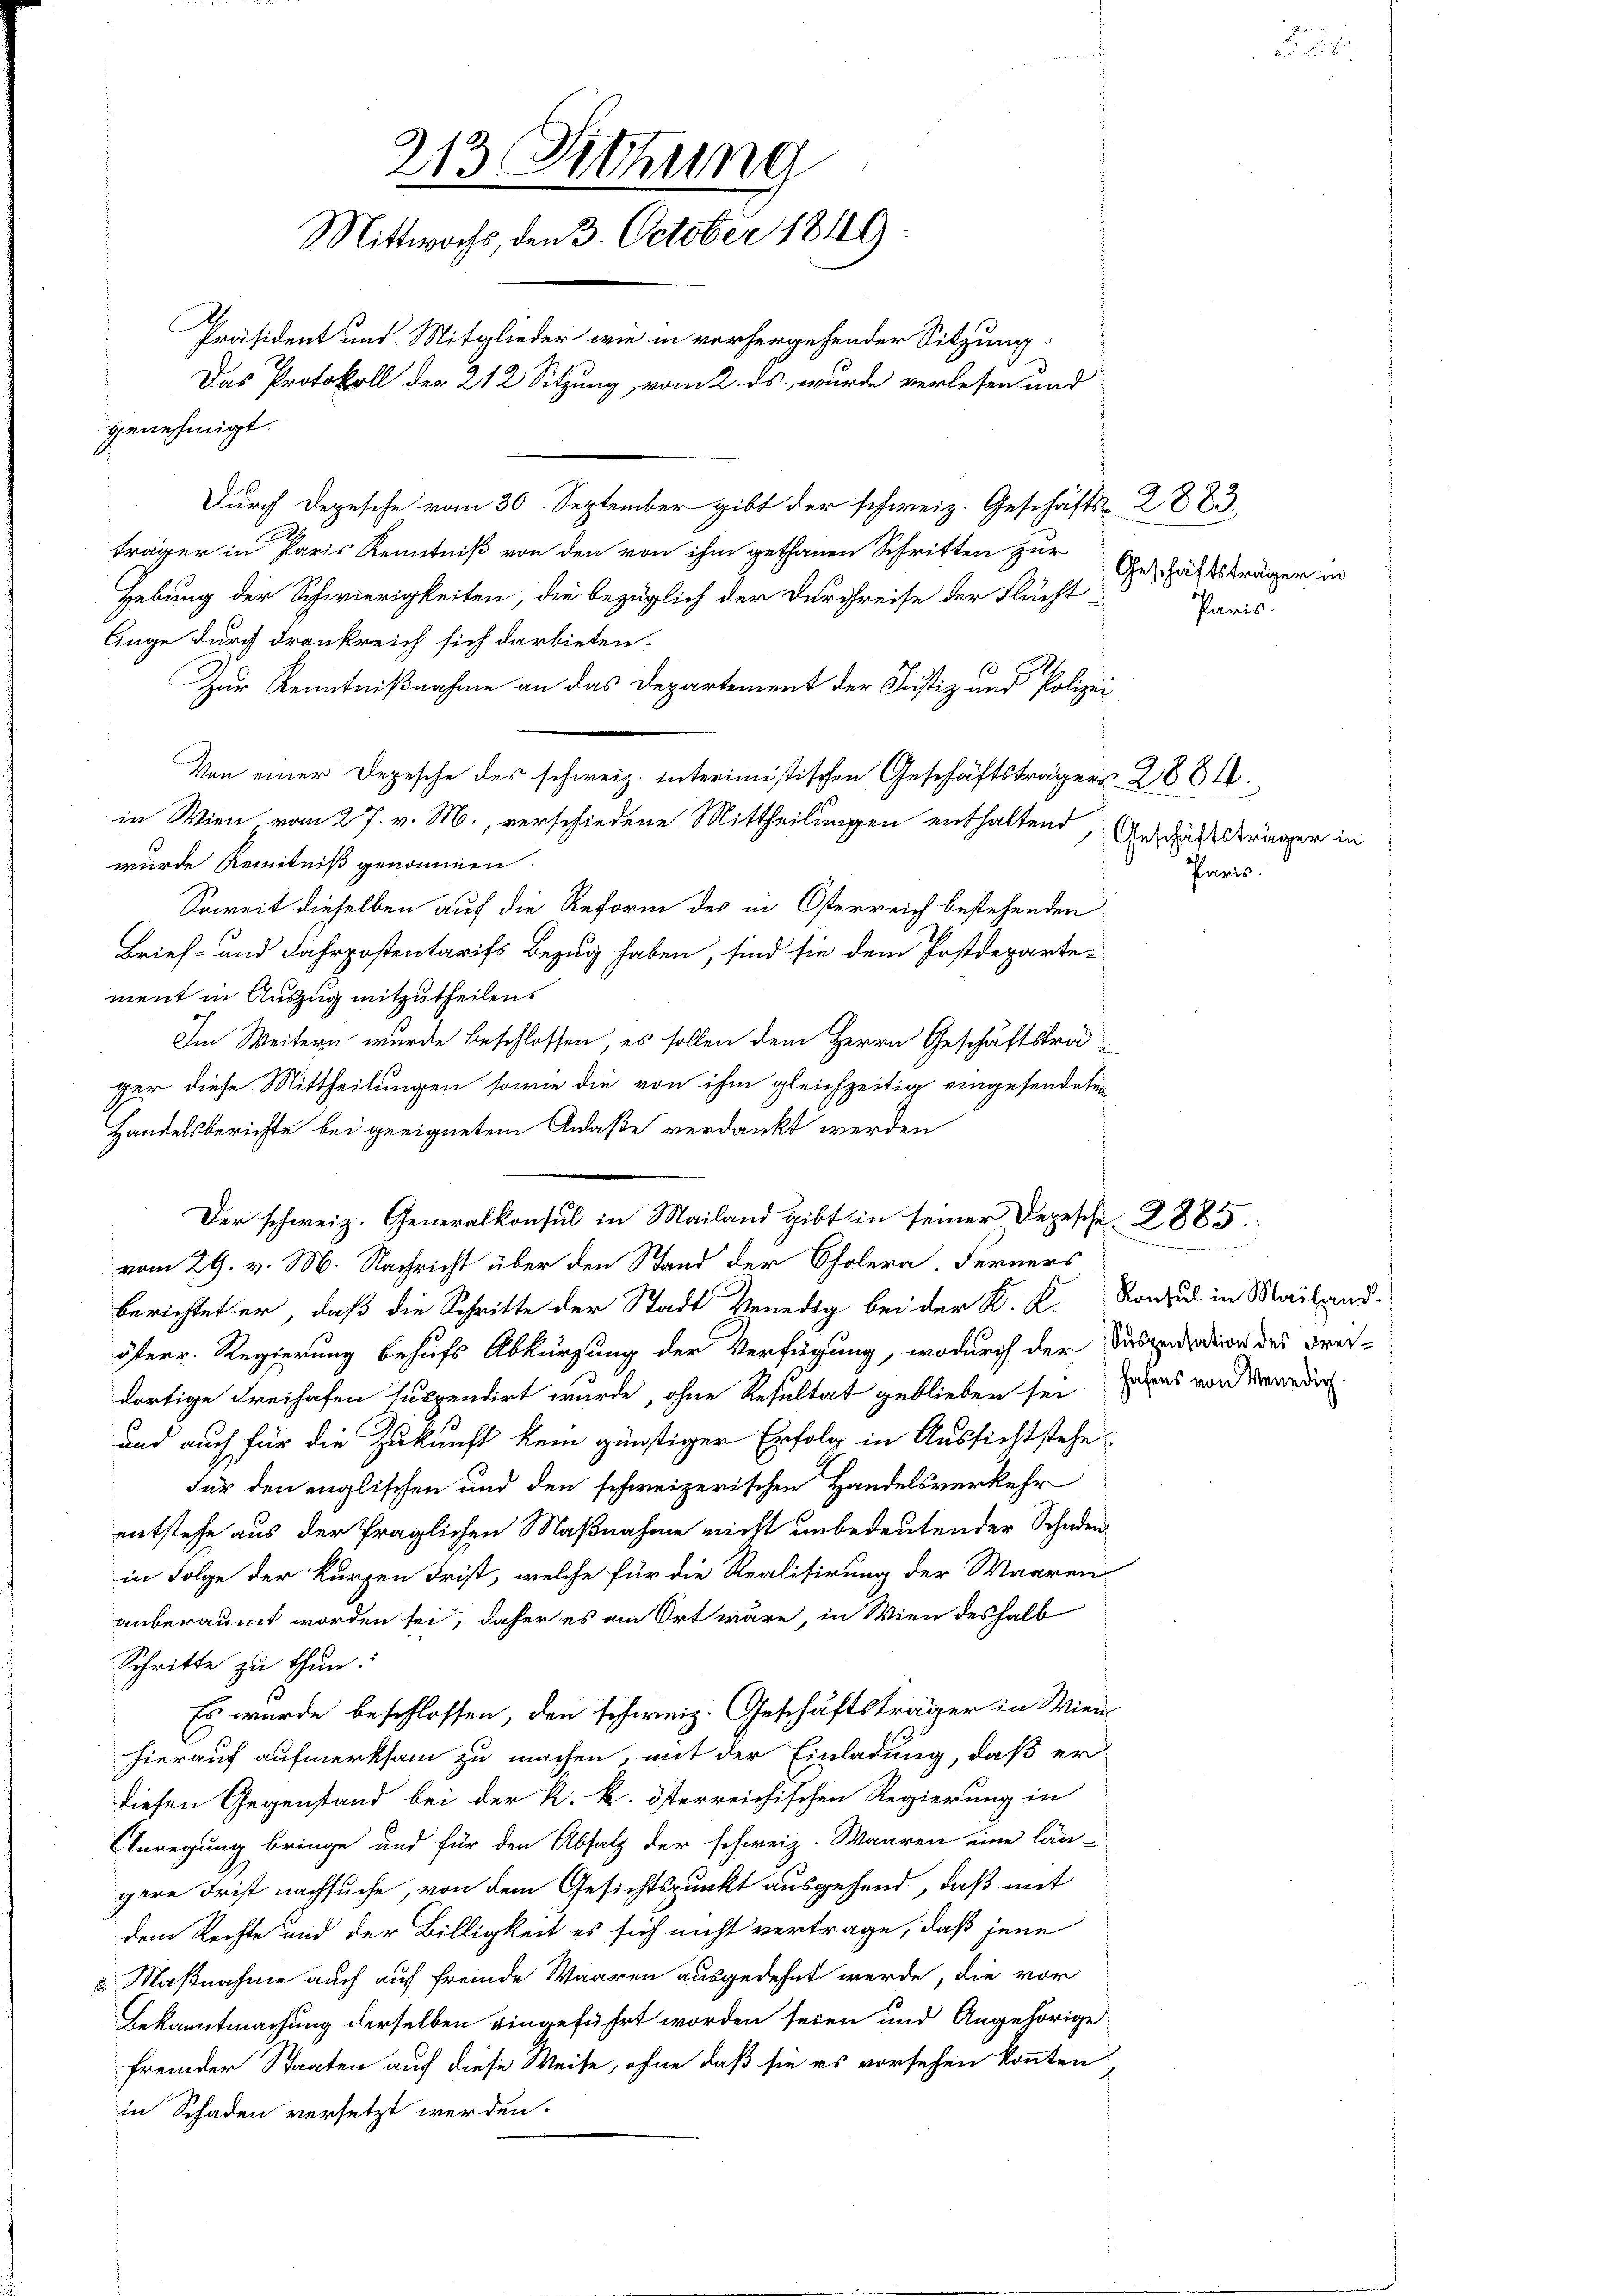
213. Sitzung
Mittwochs, den 3. October 1849.
Präsident und Mitglieder wie in vorhergehender Sitzung
Das Protokoll der 212 Sitzung, vom 2. ds., wurde verlesen und
genehmigt.

Durch Depesche vom 30. September gibt der schweiz. Geschäfts- 2 883.
träger in Paris Kenntniß von den von ihm gethanen Schritten zur
Hebung der Schwierigkeiten, die bezüglich der Durchreise der Flüchtlinge durch drankreich sich darbieten.
Zur Kenntnißnahme an das Departement der Justiz und Polizei¬
Von einer Depesche des schweiz. Interimistischen Geschäftsträgers 2881.
in Wien vom 27. v. M., verschiedene Mittheilungen enthaltend, Ausdaßsträger in
wurde Kenntniß genommen.
Soweit dieselben auf die Reform des in Österreich bestehenden
Brief- und Fahrpostentarifs Bezug haben, sind sie dem Postdeparte-
ment in Auszug mitzutheilen.
Im Weitern wurde beschlossen, es sollen dem Herrn Geschäftsträ
ger diese Mittheilungen sowie die von ihm gleichzeitig eingesendeten
Handelsberichte bei geeignetem Anlaße verdankt werden
vom 29. v. M. Nachricht über den Stand der Cholera. Ferners
berichtet er, daß die Schritte der Stadt Venedig bei der K. K. Konsul in Mailand
österr. Regierung behufs Abkürzung der Verfügung, wodurch der Subendation des Frei-
dortige Freihafen suppendirt wurde, ohne Resultat geblieben sei, was worderneuer
und auch für die Zukunft kein günstiger Erfolg in Aussichtstehe
für den englischen und den schweizerischen Handelsverkehr
entstehe aus der fraglichen Maßnahme nicht unbedeutender Schaden
in Folge der kurzen Frist, welche für die Realisirung der Waaren
anberaumt worden sei, daher es am Ort wäre, in Wien deshalb
Schritte zu thun
Es wurde beschlossen, den schweiz. Geschäftsträger in Wienhierauf aufmerksam zu machen, mit der Einladung, daß er
diesen Gegenstand bei der k. k. österreichischen Regierung in
Anregung bringe und für den Absatz der schweiz. Waaren eine län-
gere Frist nachsuche, von dem Gesichtspunkt ausgehend, daß mit
dem Rechte und der Billigkeit es sich nicht vertrage, daß jene
2 Maßnahme auch auf freinde Waaren ausgedehnt werde, die vor
Bekanntmachung derselben eingeführt worden seien und Angehörige
fremder Staaten auf diese Weise, ohne daß sie es vorsehen konnten,
in Schaden versetzt werden.

Der schweiz. Generalkonsul in Mailand gibt in seiner Depesche 2,885.

Paris.

Geschäftsträger in
Paris.